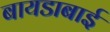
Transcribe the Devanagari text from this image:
बायडाबाई